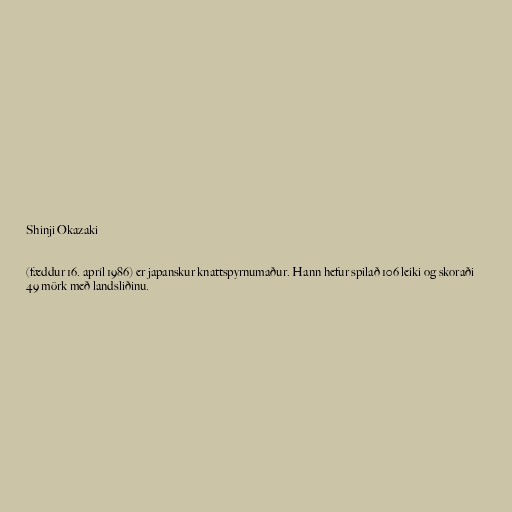
Shinji Okazaki

(fæddur 16. apríl 1986) er japanskur knattspyrnumaður. Hann hefur spilað 106 leiki og skoraði
49 mörk með landsliðinu.